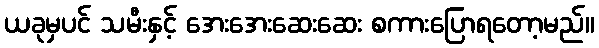
ယခုမှပင် သမီးနှင့် အေးအေးဆေးဆေး စကားပြောရတော့မည်။